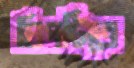
ঘিপট্টিতে